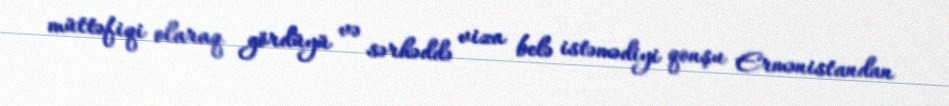
müttəfiqi olaraq gördüyü və sərhəddə viza belə istəmədiyi qonşu Ermənistandan